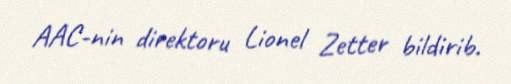
AAC-nin direktoru Lionel Zetter bildirib.